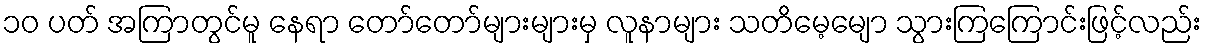
၁၀ ပတ် အကြာတွင်မူ နေရာ တော်တော်များများမှ လူနာများ သတိမေ့မျော သွားကြကြောင်းဖြင့်လည်း